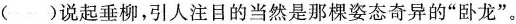
()说起垂柳，引人注目的当然是那棵姿态奇异的”卧龙”。